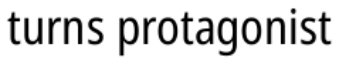
turns protagonist